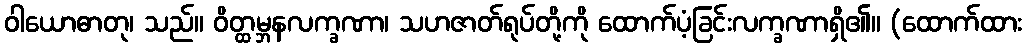
ဝါယောဓာတု၊ သည်။ ဝိတ္ထမ္ဘနလက္ခဏာ၊ သဟဇာတ်ရုပ်တို့ကို ထောက်ပံ့ခြင်းလက္ခဏာရှိ၏။ (ထောက်ထား